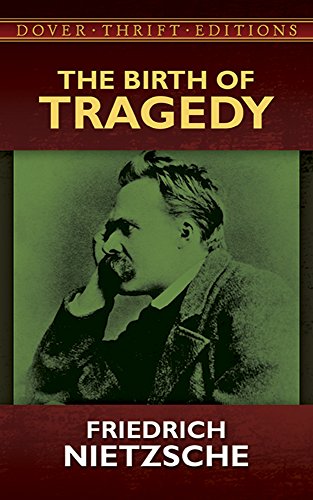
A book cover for The Birth of Tragedy (Dover Thrift Editions); Friedrich Nietzsche; Literature & Fiction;